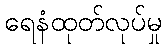
ရေနံထုတ်လုပ်မှု